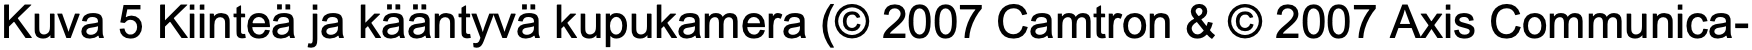
Kuva 5 Kiinteä ja kääntyvä kupukamera (© 2007 Camtron & © 2007 Axis Communica-